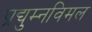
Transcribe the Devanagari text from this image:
प्रद्युम्नविमल